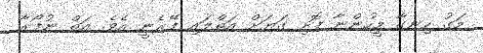
މަގު ހިނގާ މީހުންނާ ފޮށި ގަޔަށް އަތްލައި ފޭރެނީ އެވެ. އަތް ނުފޯރާ